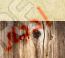
إدجار